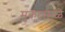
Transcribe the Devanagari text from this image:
मुकुटामुळे